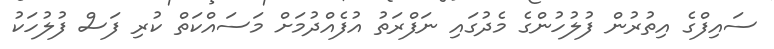
ސައިފްގެ އިތުރުން ފުލުހުންގެ މެދުގައި ނަފްރަތު އުފެއްދުމަށް މަސައްކަތް ކުރި ފަސް ފުލުހަކު